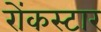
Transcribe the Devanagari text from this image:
रोंकस्टार